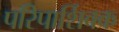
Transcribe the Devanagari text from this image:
परिपार्शिवक